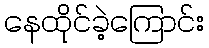
နေထိုင်ခဲ့ကြောင်း